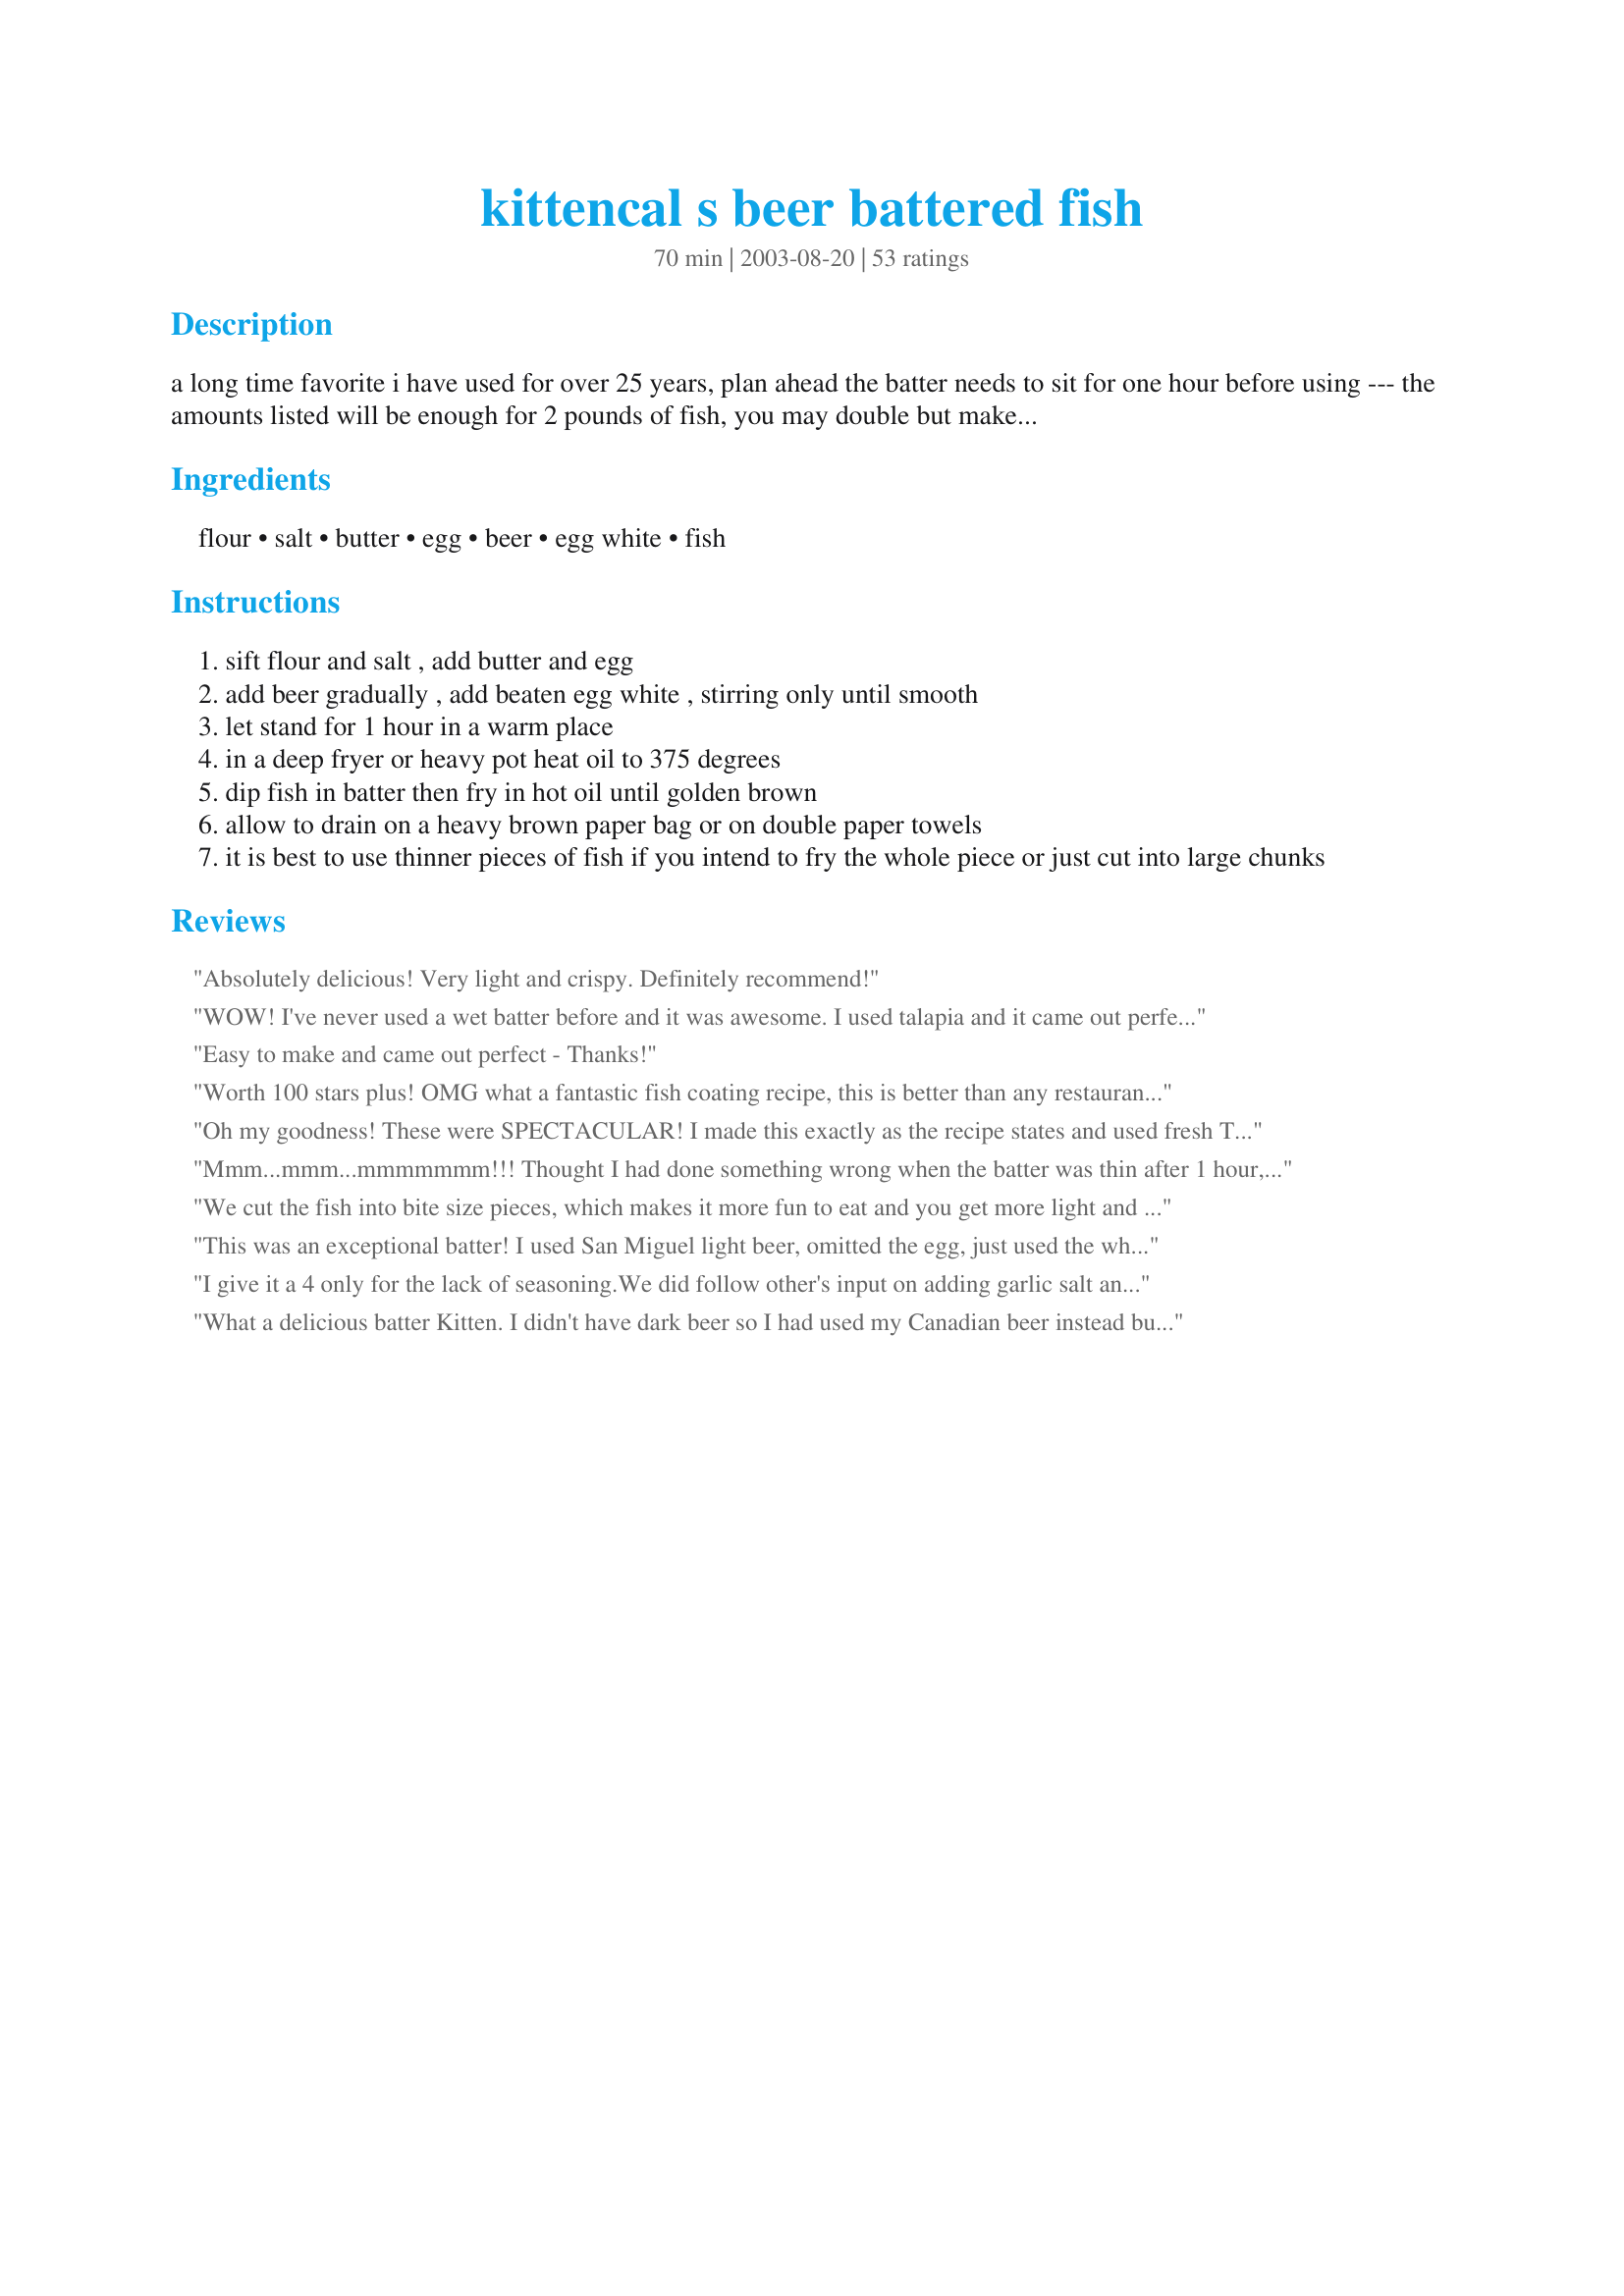
kittencal s beer battered fish
Preparation time: 70 minutes

a long time favorite i have used for over 25 years, plan ahead the batter needs to sit for one hour before using --- the amounts listed will be enough for 2 pounds of fish, you may double but make certain to prepare two separate recipes in two bowls, do not double into one bowl as the batter will not be as good --- you may wish to add in 1/2 teaspoon garlic powder and paprika to the flour mixture for extra flavor and for a little heat add in a pinch of cayenne pepper :)

Ingredients:
flour, salt, butter, egg, beer, egg white, fish

Steps:
sift flour and salt , add butter and egg
add beer gradually , add beaten egg white , stirring only until smooth
let stand for 1 hour in a warm place
in a deep fryer or heavy pot heat oil to 375 degrees
dip fish in batter then fry in hot oil until golden brown
allow to drain on a heavy brown paper bag or on double paper towels
it is best to use thinner pieces of fish if you intend to fry the whole piece or just cut into large chunks

Reviews:
Absolutely delicious! Very light and crispy. Definitely recommend!
WOW! I've never used a wet batter before and it was awesome. I used talapia and it came out perfect. I did add some Zatarains to spice it up a bit. Thank you my hubby loved it!
Easy to make and came out perfect - Thanks!
Worth 100 stars plus! OMG what a fantastic fish coating recipe, this is better than any restaurant. I am amking this all the time now, absolute best I have ever tryed! thanks Kitty.
Oh my goodness! These were SPECTACULAR! I made this exactly as the recipe states and used fresh Tilapia then each cut into chunks. My picky eater husband mumbled words of delight as he was gobbling it down and then insisted on having seconds. A TIP: When taking done pieces out of the hot oil keep in mind if you let them sit for too long on the paper towels to soak up the oil the oil soaked towels can the make the nice crispy batter resting against them to turn slightly soggy. Mostly on the flatter portion of this fish where the batter is thin and spread even. Keep the paper towels underneath changed to dry ones and/or prop the pieces up on their sides works perfectly to retain that nice crunchy texture. My search for the perfect fried fish recipe ends here! Many thanks Kittencal!
Mmm...mmm...mmmmmmm!!! Thought I had done something wrong when the batter was thin after 1 hour, but it came out of the pan beautifully! Served it with lemon and some tartar sauce. Delicious!!!
We cut the fish into bite size pieces, which makes it more fun to eat and you get more light and crispy batter with each bite.
This was an exceptional batter! I used San Miguel light beer, omitted the egg, just used the whites and it was still very good. Read somewhere that you have to dredge the fish on cornstarch to make the batter stick beautifully so that's what i did before frying. I used creamy Dori fish-terrificcc!
I give it a 4 only for the lack of seasoning.We did follow other's input on adding garlic salt and also an overall "season salt".However,the batter is 5 stars in how it crisps up and coats the fish.We used a "true" cod and it worked great! I also made recipe #26451(White Fish In Herbed Butter) and my husband who usually prefers fried,asked me to make this recipe next time! Both are good enough we will for sure make again!
What a delicious batter Kitten. I didn't have dark beer so I had used my Canadian beer instead but I don't think that made a difference. Have to find a place that sells single bottles for the next time. I had used the seasoning salt and added a dash of the garlic powder and cayenne. For the fish I used Grouper. I sprinkled it with a bit of flour first then dipped it in the batter which worked out fantastic and then it went into the deep fryer. It turned out with such a nice light crispness, I surprised myself by eating all of it up. My friend really loved his too and commented on how great it was..I served it with some steak fries and tartar sauce...mmmm.......mmmm.....mmmm...such a yummy lunch..I have said it so many times Kitten that your recipes never fail me. I will be making this again soon. Thanks for sharing Kitten, we loved it.
The lightest, most devine fish batter I've ever had. How do you DO that, Kitten? I used orange roughy cut into pieces with the seasoned salt. Forgot to beat the egg white (oops!), but it was still perfect. Straight into my Encore cookbook, thank you yet again!
Awesome light and fluffy beer batter. I recommend using Old Speckled Hen in the bottle if you're going for uthenticity. We used this recipe to make fish and chips with wild caught haddock. It was excellent.

If anyone has any good recipes for the chips, I'd love to have one.
This was first rate! We are fishermen/women in this house and have a freezer full!'
Used this on Walleye and was not disappointed in the slightest!
You are recipe searchers dream come true Kittencal! For sure!
Jelly in love! Many thanks! DH is the food critic here and he said it was 5 star! Maisy had a few bites and gave it 5 Paws!!!!!
Yummy & light!
This is close to the best fish(and chips) I've ever had! I'm doing the Low Sodium thing so instead of salt I used Garlic and Herb (no salt) seasoning. I cooked in olive oil for the good cholestorol. When finished I seasoned with malt vinegar and lemon. I botched the chips but that was my fault, they aren't on the recipe. I love battered fish and chips, (can't stand the breaded stuff) and now can fix for myself! Thanks Kittencal!
Awesome batter. We used the batter with tilapia and fresh mushrooms. Even the non fish eater in the family enjoyed the fish.
This was EXCELLENT! We used the batter on jumbo shrimp; and they were delicious! :)
Followed the recipe, and it turned out great!
Great! My husband and I have never had fish & chips before because I'm not a fan of fried foods but this batter was simple and light. We really enjoyed it! I added garlic and herb seasoning and paprika. Thank You!
Excellent! Thank you Kittencal for such a great recipe. I used Newcastle dark ale and Lawry's seasoned salt, omg, too divine, light, crispy, and simply fantastic. We had some fresh Ling-Cod from Alaska, to die for!! 10 stars!
This was super, we used red king snapper and it was so tasty and easy to make, thanks for a great recipe :-)
i had some tilapia that i wanted to fry and i didn't want to use a lot of seasonings,this was just such a great batter. the instructions were very easy.it was very light tasting and i will use this often. thank you for posting.
Outstanding! Wonderful for onion rings too!
I used the batter on shrimp and it got great reviews! I did dredge the shrimp in flour first to get the batter to stick a bit better. I did as another reviewer suggested and chilled the batter for 1/2 hr after letting it set @ room temp for 1 hr. I fryed the shrimp @ 350 and they turned out a lovely golden color. Thanks for posting!
Still licking my lips. This is a great batter for fish. Just used it on perch from Canada. Oh my gosh!
delicious, i used fresh cut halibut and gluten free beer instead of regular beer
Another reliable recipe from Kittencal...I've come to expect good recipes from her, and this is no exception! Thanks!
This is the best beer batter i have ever used!! Be sure you let it sit for 1 hour. I was in a hurry and it does make a difference. I have been asked for this recipe 2 times and only served it once to a group of 10 so that should tell you how great it it..
We used this batter for veggies last night when we had a fondue and everything turned out amazing! Much better then an earlier recipe we tried. Thank you
Yummy! Kittencal, you've done it again. :) I was listening to a baby cry instead of following the recipe, and I dumped more beer than it called for...by about 4 oz, but just by adding more flour, it turned out simply delightful. LIght and crispy.
This is the best i've tried and i've tried a lot of recipes for fish batter.. Everyone loved it and wanted the recipe. I always look for Kittencal's recipes.. So glad you posted it. Thanks......
Awesome! Really really excellent. Used with a strong German beer and really couldn't fault a thing. Wonder how hot oil should be. I had it at 190C and I think it might have been a bit too hot! Also would love tips on how to keep each portion crispy whilst frying the rest. I put them on stoneware in the oven at a low temp. Most remained fairly crispy, but the ones I fried first were starting to get a bit limper as I served. Served with chips (fries) mushy peas with bacon and roasted red pepper tartar sauce. Dee-lish. Will be a staple here for sure! :)
This batter is the best we have ever eaten! I used it for grouper, which is prevalent in the Bahamas and it was light and delicious. I will use this for red snapper as well, or anything, really. I let it set for an hour, as recommended. It was runny, but when it hit the hot oil, boy did they puff up nice. DH said it was better than any he has had.Thanx,Kitten
This is a great recipe for deep frying fish. It sticks enough to the fish (as long as the fish is dry) for a nice, even coat. When it comes out of the fryer, it is a beautiful golden crust. A crunchy, thin layer of flavor is there to greet you, unlike most recipes which make me feel like I've ended up with more batter than fish.
This is my new go-to recipe for battering my fried fish. Adding different spice combinations can yield some delicious results!
I have made this twice now. Once with cod and once with Ling cod (fresh out of the ocean!)
They were both really good! I am going to try Halibut next (caught in the Queen Charlottes!) Can't wait! Thanks for a good recipe!
Very good and it really taste great with tarter sauce! I tried it with cod very good DH loved it.
I soaked my fish in buttermilk for a few hours and wondered if I shoud not have done that as the batter did not "stick" as well as it should have. I added paprika and garlic salt to the batter for a little more flavor. It was light and crispy and will make this again. Only thing I did not like was cleaning my stove after !!! 
pollyw
Excellent recipe. Made with freshwater panfish and invited guests. By the end of the night, everyone was asking for the recipe!! Thank you!
The coating is nice and light and turns our real well. First time I made this I made the mistake of using frozen cheap fish - turned out inedible. This time I used fresh cod and the fish was perfect.
AWESOME fish batter. Not too thick not too thin. The batter really lets the fish taste come through but gives the fish a nice crisp outside. If you are searching for a light weight, great tasting batter for fish this one is #1. I used it on crappies and sunfish that my husband caught this weekend ice fishing her in Wisconsin.

Once again AWESOME receipe thank you so much for sharing it!
We loved this recipe! Will add a little salt next time though.
This was excellent!! I'm leary about seasonings so I didn't add enough seasoned salt as I should have-next time I will but the batter is wonderful. I used talipia and it was just awesome. Thanks Kittencal!
Delicious. Perfect for Tilapia. This will be the batter I use always. Thanks Kittencal.
Just couldn't resist getting on board again. Made the batter and I used Filet of Sole that was sliced very thin, then rolled it and used a toothpick to keep it together. Then dipped the rolls in batter and deep fried, WOW so good and the Sole was so tasty. Served the fish with lemon, tartar sauce and a bit of ketchup.
Many thanks again KITTENCAL. this is a great recipe.
"Uncle Bill"
I live in Minnesota and have always had Pan Fish or Walleye in a beer batter. Just made this with a mess of crappies from the ice. (It's January now.) WOW! this is the best batter I have ever used. It would be great with Walleye. The batter had a hard time holding at less than 320 degrees and cooked perfectly at 350 with a cast iron skillet.

I made this as described. Very thin batter, when cooked it is crisp and light. 

If you wish for a thicker batter chill in the fridge for at least 30 minutes. Chill your fish as well.

Kittencal you have done it again. Thanks
Excellent batter~ Light and crispy. I used haddock fillets and should have made more because the whole family loved it. Thanks Kittencal fro another great recipe.
This is a nice light batter for the fish. I was making fish tacos and needed a batter for my fish and chose your recipe. It was wonderful. I had some extra batter so I threw in some mushrooms. They turned out great. Thank you for this versitile recipe that we will use many times.
I battered fish with this recipe and they were without a doubt the best fish we have ever eaten. I followed the recipe exactly,no changes needed. Thank you!!!!!!
I find the batter to be too thin.
Finally found the correct receipe. Light but very tasty.
Delicious batter! I was surprised at how thin the batter was, but it stuck nicely to my fish and cooked up golden and crispy! Thanks for sharing, your recipes are always a hit I&#039;m my book! ?
This was my first attempt at frying fish, and it was a success. I used Tilapia, and it turned out great! Thanks!
On those rare occasions that I use the deep fryer, this will be the recipe I use! I used frozen cod (from Costco, of course) which I thawed, patted dry & cut into chunks. Served with PanNan's Tartar Sauce (#47077), your Cole Slaw (#102617), french fries & malt vinegar, it was better than Captain George's - and cheaper (LOL). Thanx for another great recipe Kitten!
